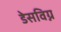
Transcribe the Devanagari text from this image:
डेसविग्न